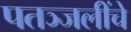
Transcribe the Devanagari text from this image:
पतञ्जलींचे